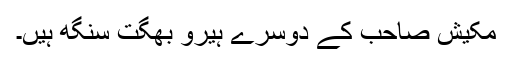
مکیش صاحب کے دوسرے ہیرو بھگت سنگھ ہیں۔